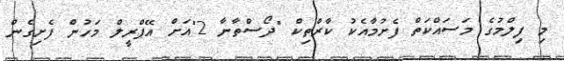
މި ފިލްމުގެ މަސައްކަތް ފެށުމާއެކު ކާރްތިކް "ދޯސްތާނާ 2"އަށް އޭޕްރީލް މަހުން ފެށިގެން